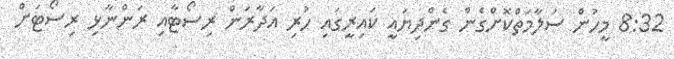
8:32 މީހުން ސަލާމަތްކޮށްގެން ގެންދިޔައީ ކައިރީގައި ހުރި އަދާރަން ރިސޯޓާއި ރަންނާޅި ރިސޯޓަށް